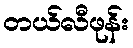
တယ်လီဖုန်း